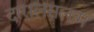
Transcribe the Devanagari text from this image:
दारालसलाम